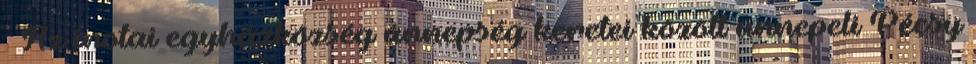
– Az inotai egyházközség ünnepség keretei között ünnepeli Pécsy